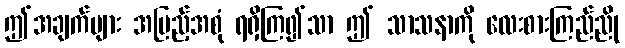
ဤအချက်များ အပြည့်အစုံ ရရှိကြ၍သာ ဤ သာသနာကို လေးစားကြည်ညို